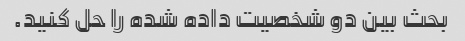
بحث بین دو شخصیت داده شده را حل کنید.